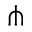
\pitchfork